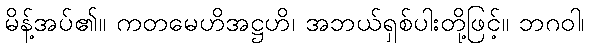
မိန့်အပ်၏။ ကတမေဟိအဋ္ဌဟိ၊ အဘယ်ရှစ်ပါးတို့ဖြင့်။ ဘဂဝါ၊